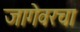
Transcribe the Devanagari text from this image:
जागेवरचा